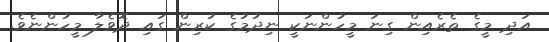
އަދި މީގެ ތެރެއިން ގިނަ މީހުންނަކީ ނިދުމުގެ ކުރިން ގައި ދޮވެލާ މީހުންނެވެ.